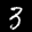
Label: 3